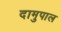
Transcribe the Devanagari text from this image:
दामुपाल